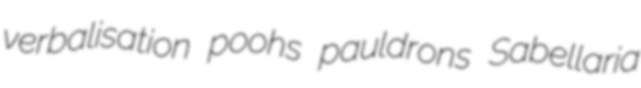
verbalisation poohs pauldrons Sabellaria